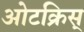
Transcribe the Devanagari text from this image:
ओटक्रिस्